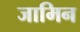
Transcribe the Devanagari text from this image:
जामिन